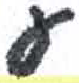
אות: ע